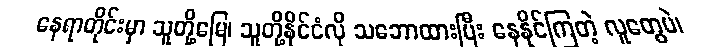
နေရာတိုင်းမှာ သူတို့မြေ၊ သူတို့နိုင်ငံလို သဘောထားပြီး နေနိုင်ကြတဲ့ လူတွေပဲ၊